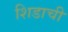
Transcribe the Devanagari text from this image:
शिडाची